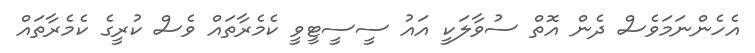
އެހެންނަމަވެސް ދެން އޮތް ސުވާލަކީ އައު ސީސީޓީވީ ކެމެރާތައް ވެސް ކުރީގެ ކެމެރާތައް